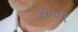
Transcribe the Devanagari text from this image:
४००९